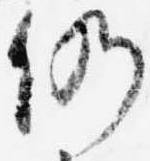
仍